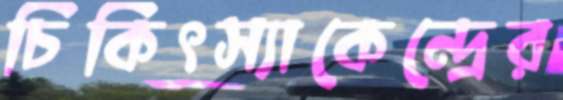
চিকিৎস্যাকেন্দ্রের